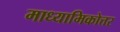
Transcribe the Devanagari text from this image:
माध्यामिकोत्तर